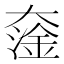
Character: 𡙯